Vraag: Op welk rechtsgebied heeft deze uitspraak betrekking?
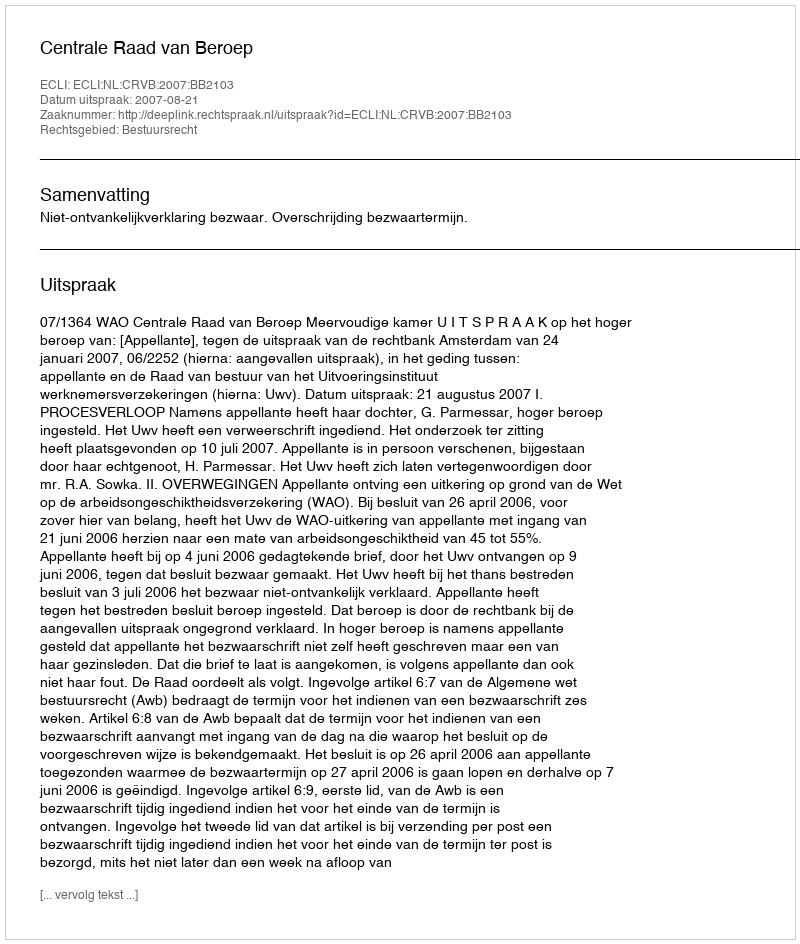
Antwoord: Bestuursrecht